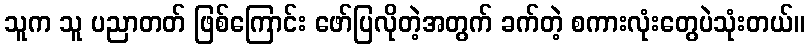
သူက သူ ပညာတတ် ဖြစ်ကြောင်း ဖော်ပြလိုတဲ့အတွက် ခက်တဲ့ စကားလုံးတွေပဲသုံးတယ်။